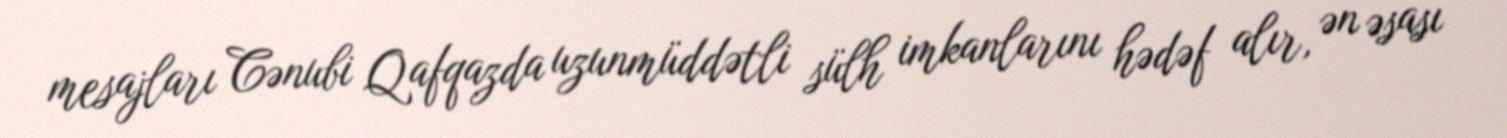
mesajları Cənubi Qafqazda uzunmüddətli sülh imkanlarını hədəf alır, ən əsası